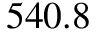
5 4 0 . 8